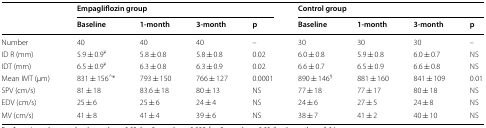
| <ROWSPAN=2>  | <COLSPAN=4> Empagliflozin group | <COLSPAN=4> Control group |
 | Baseline | 1-month | 3-month | p | Baseline | 1-month | 3-month | p |
 | --- | --- | --- | --- | --- | --- | --- | --- | --- |
 | Number | 40 | 40 | 40 | – | 30 | 30 | 30 | – |
 | ID R (mm) | 5.9 ± 0.9¥ | 5.8 ± 0.8 | 5.8 ± 0.8 | 0.02 | 6.0 ± 0.8 | 5.9 ± 0.8 | 6.0 ± 0.7 | NS |
 | IDT (mm) | 6.5 ± 0.9¥ | 6.3 ± 0.8 | 6.3 ± 0.9 | 0.02 | 6.6 ± 0.7 | 6.5 ± 0.9 | 6.6 ± 0.8 | NS |
 | Mean IMT (μm) | 831 ± 156^* | 793 ± 150 | 766 ± 127 | 0.0001 | 890 ± 146§ | 881 ± 160 | 841 ± 109 | 0.01 |
 | SPV (cm/s) | 81 ± 18 | 83.6 ± 18 | 80 ± 13 | NS | 77 ± 18 | 77 ± 17 | 80 ± 18 | NS |
 | EDV (cm/s) | 25 ± 6 | 25 ± 6 | 24 ± 4 | NS | 24 ± 6 | 27 ± 5 | 24 ± 8 | NS |
 | MV (cm/s) | 41 ± 8 | 41 ± 4 | 39 ± 6 | NS | 38 ± 7 | 41 ± 2 | 40 ± 10 | NS |